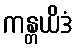
ကန္တယိဒံ